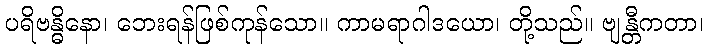
ပရိဗန္ဓိနော၊ ဘေးရန်ဖြစ်ကုန်သော။ ကာမရာဂါဒယော၊ တို့သည်။ ဗျန္တီကတာ၊